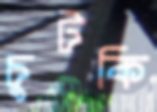
চুটকি